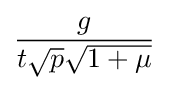
{\frac {g}{t{\sqrt {p}}{\sqrt {1+\mu }}}}